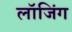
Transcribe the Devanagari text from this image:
लॉजिंग